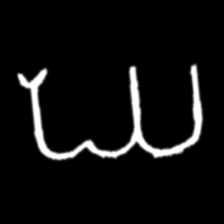
Pyu character \u2014 Myanmar letter: ဃ (romanized: gha)